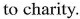
to charity